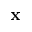
\textbf { x }